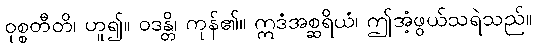
ဝုစ္စတီတိ၊ ဟူ၍။ ဝဒန္တိ၊ ကုန်၏။ ဣဒံအစ္ဆရိယံ၊ ဤအံ့ဖွယ်သရဲသည်။